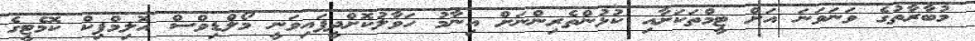
މުބާރާތުގެ ވަނަވަނަ އަށް ޓީމްތަކަށާއި ކުޅުންތެރިންނަށް އިނާމު ހަވާލުކޮށްދީފައިވަނީ މޯލްޑިވްސް އޮލިމްޕިކް ކޮމެޓީގެ